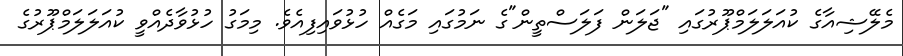
މެލޭޝިއާގެ ކުއަލަލަމްޕޫރުގައި "ޖަލަން ފަލަސްތީން"ގެ ނަމުގައި މަގެއް ހުޅުވައިފިއެވެ. މިމަގު ހުޅުވާދެއްވީ ކުއަލަލަމްޕޫރުގެ